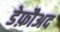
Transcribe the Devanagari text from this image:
डेफ़ौअद